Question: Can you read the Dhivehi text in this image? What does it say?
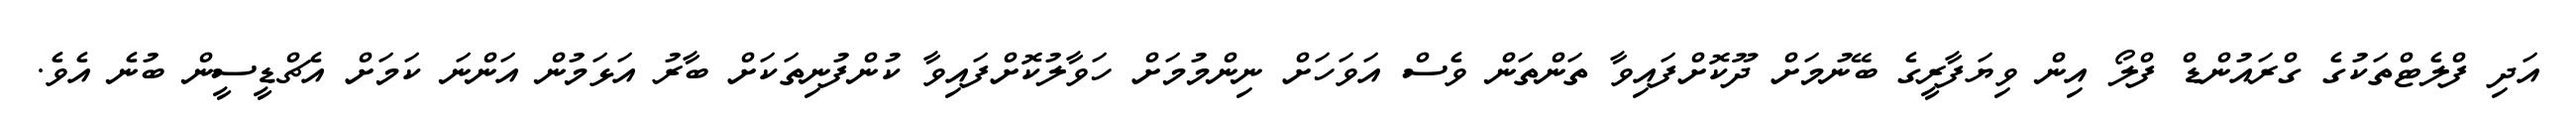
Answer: އަދި ފްލެޓްތަކުގެ ގްރައުންޑް ފްލޯ އިން ވިޔަފާރީގެ ބޭނުމަށް ދޫކޮށްފައިވާ ތަންތަން ވެސް އަވަހަށް ނިންމުމަށް ހަވާލުކޮށްފައިވާ ކުންފުނިތަކަށް ބާރު އަޅަމުން އަންނަ ކަމަށް އެޗްޑީސީން ބުނެ އެވެ.